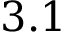
3 . 1